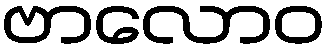
ဗာလောဝ